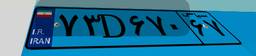
۷۳D۶۷۰۶۷